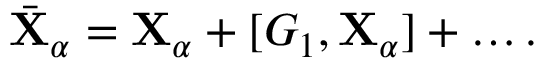
\bar { \mathbf { X } } _ { \alpha } = { \mathbf { X } } _ { \alpha } + [ G _ { 1 } , { \mathbf { X } } _ { \alpha } ] + \ldots .